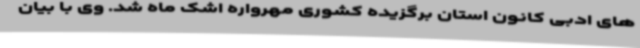
های ادبی کانون استان برگزیده کشوری مهرواره اشک ماه شد. وی با بیان